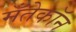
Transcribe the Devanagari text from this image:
मँतेकॉन